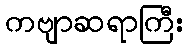
ကဗျာဆရာကြီး